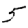
Digit: 5